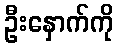
ဦးနှောက်ကို